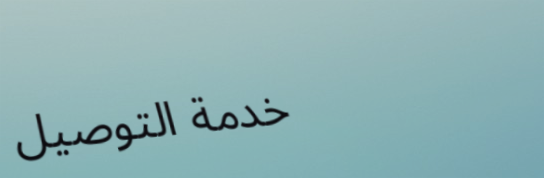
خدمة التوصيل